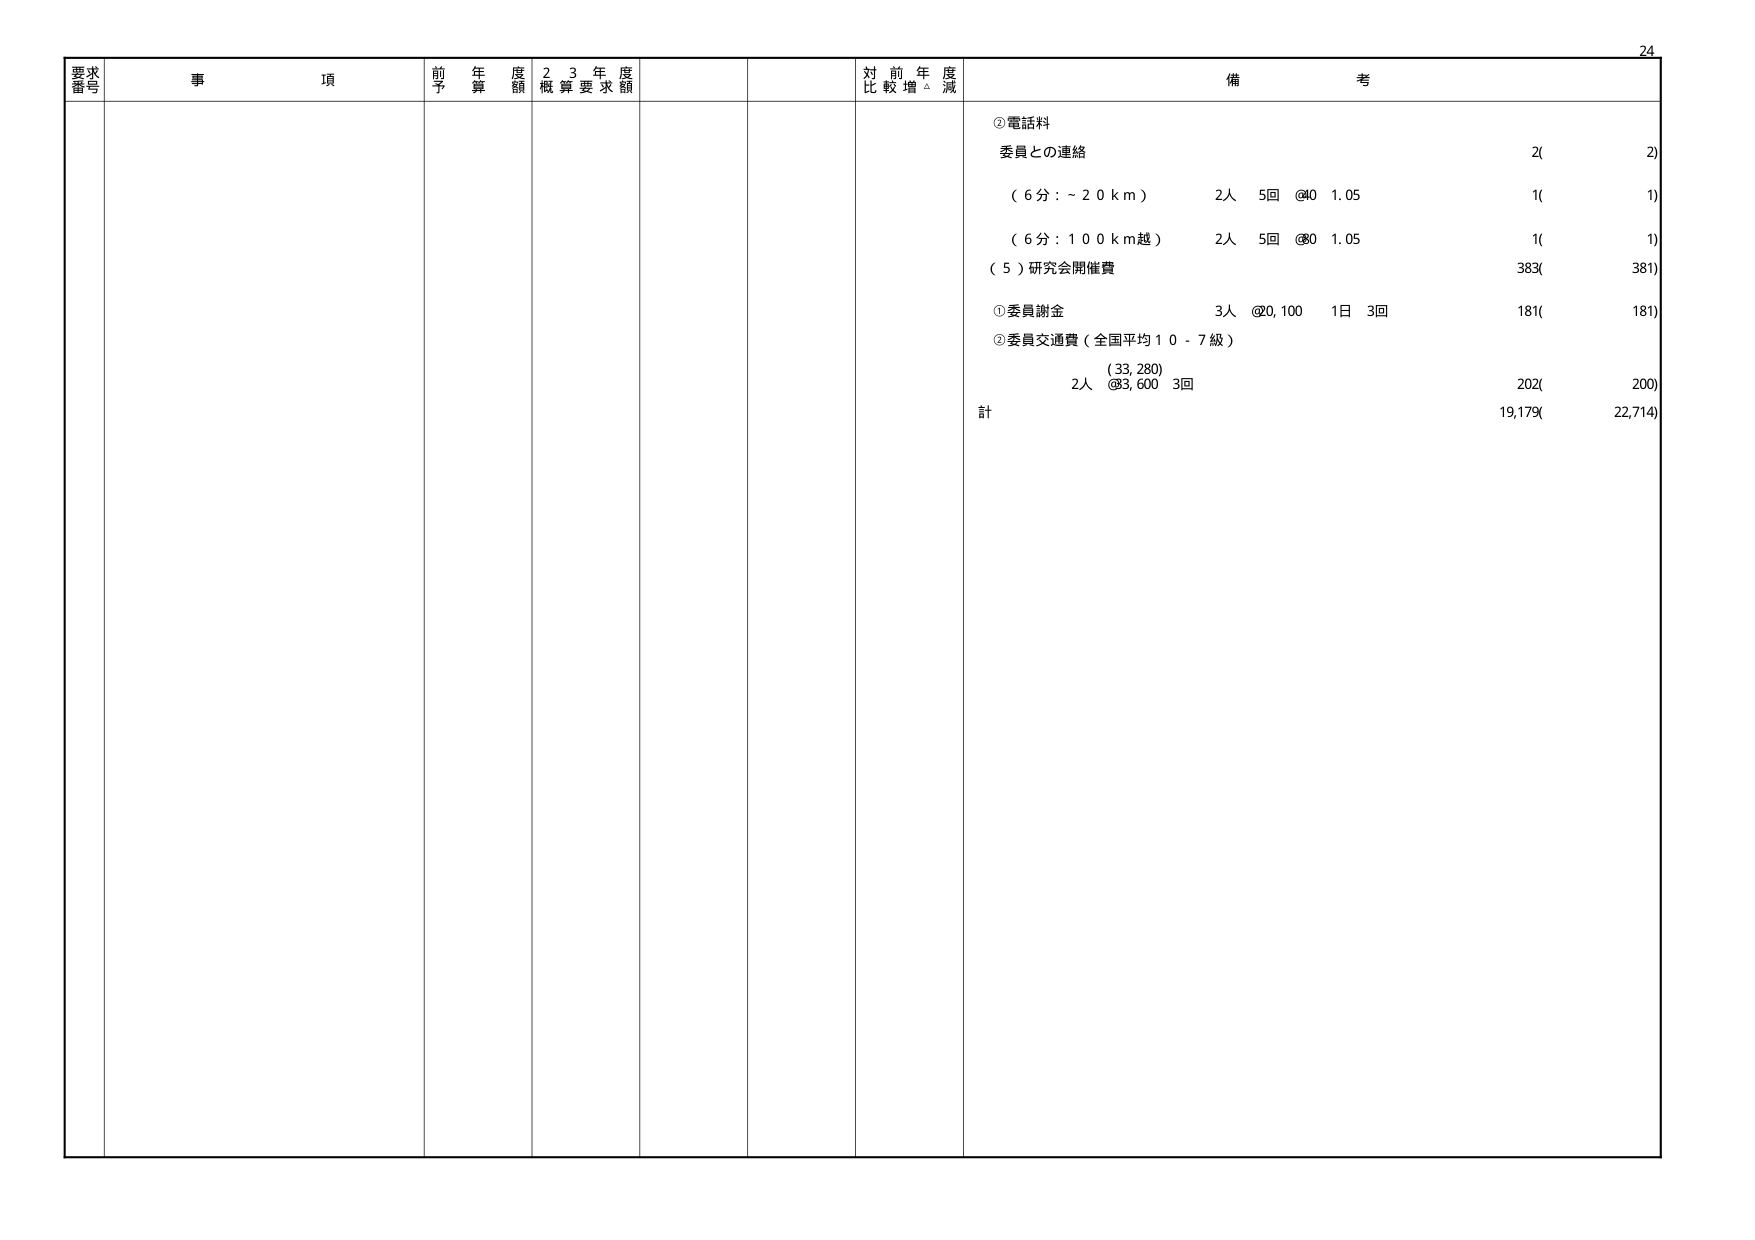
24
要求番号 事項 前年度予算額 23年度概算要求額 対前年度比較増減 備考
②電話料
委員との連絡 2( 2)
（6分：～20km） 2人 5回 @40 1.05 1( 1)
（6分：100km越） 2人 5回 @80 1.05 1( 1)
（5）研究会開催費 383( 381)
①委員謝金 3人 @20,100 1日 3回 181( 181)
②委員交通費（全国平均10-7級）
（33,280）
2人 @83,600 3回 202( 200)
計 19,179( 22,714)